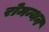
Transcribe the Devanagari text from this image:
रोमन्थन